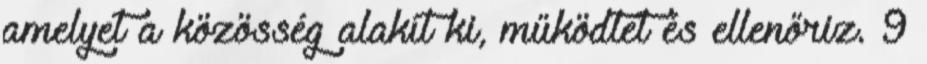
amelyet a közösség alakít ki, működtet és ellenőriz. 9